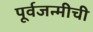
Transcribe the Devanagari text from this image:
पूर्वजन्मीची